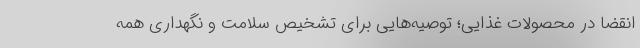
انقضا در محصولات غذایی؛ توصیه‌هایی برای تشخیص سلامت و نگهداری همه